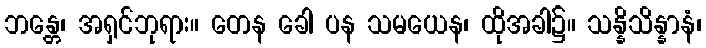
ဘန္တေ၊ အရှင်ဘုရား။ တေန ခေါ ပန သမယေန၊ ထိုအခါ၌။ သန္နိသိန္နာနံ၊